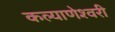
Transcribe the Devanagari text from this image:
कल्‍याणेश्‍वरी